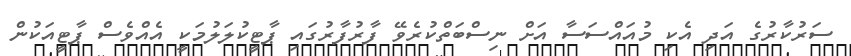
ސަރުކާރުގެ އަދި އެކި މުއައްސަސާ އަށް ނިސްބަތްކުރެވޭ ފާރުފާރުގައި ޕާޓީކުލަލުމަކީ އެއްވެސް ޕާޓީއަކުން